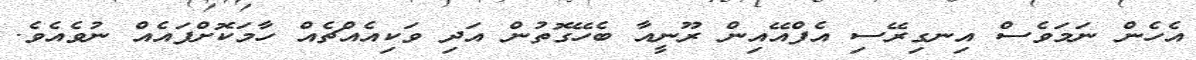
އެހެން ނަމަވެސް އިނގިރޭސި އެފްއޭއިން ރޫނީއާ ބެހޭގޮތުން އަދި ވަކިއެއްޗެއް ހާމަކޮށްފައެއް ނުވެއެވެ.